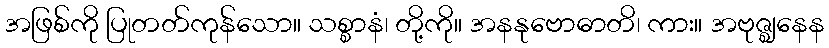
အဖြစ်ကို ပြုတတ်ကုန်သော။ သစ္စာနံ၊ တို့ကို။ အနနုဗောဓာတိ၊ ကား။ အဗုဇ္ဈနေန